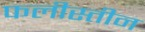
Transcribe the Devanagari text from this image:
फलीस्‍तीन